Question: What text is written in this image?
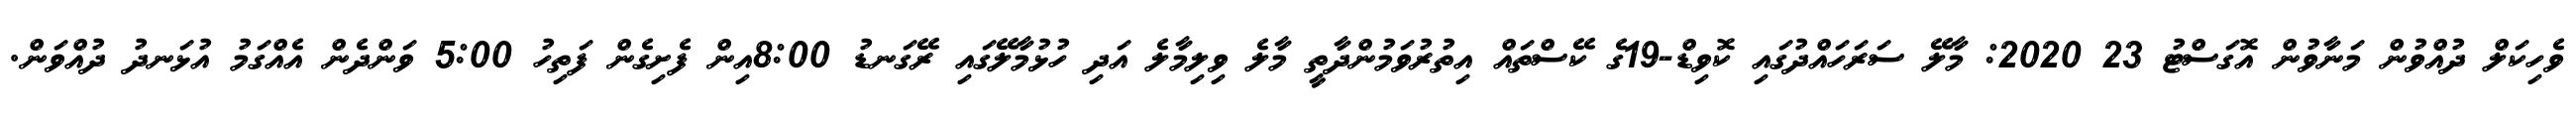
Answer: ވެހިކަލް ދުއްވުން މަނާވުން އޮގަސްޓު 23 2020: މާލޭ ސަރަހައްދުގައި ކޮވިޑް-19ގެ ކޭސްތައް އިތުރުވަމުންދާތީ މާލެ ވިލިމާލެ އަދި ހުޅުމާލޭގައި ރޭގަނޑު 8:00އިން ފެށިގެން ފަތިހު 5:00 ވަންދެން އެއްގަމު އުޅަނދު ދުއްވަން.